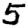
Digit: 5